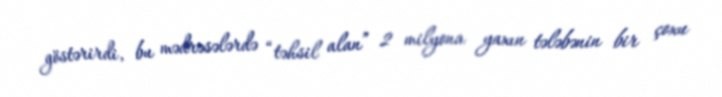
göstərirdi, bu mədrəsələrdə “təhsil alan” 2 milyona yaxın tələbənin bir çoxu